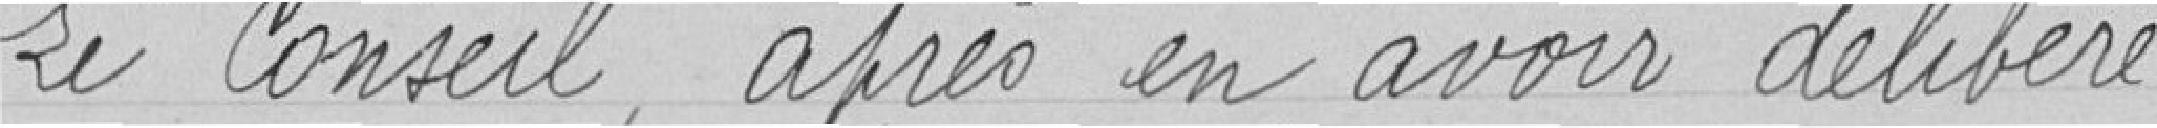
Le Conseil après en avoir délibéré :